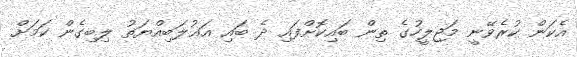
އެކަން ކުރެވޭނީ މަޖިލީހުގެ ތިން ބައިކޮށްފައި ދެ ބައި އަޣުލަބިއްޔަތު ލިބިގެން ކަމަށް